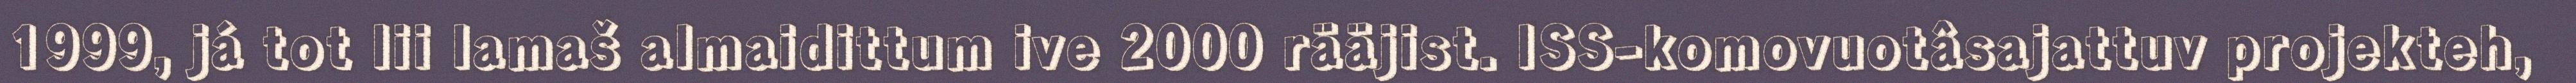
1999, já tot lii lamaš almaidittum ive 2000 rääjist. ISS-komovuotâsajattuv projekteh,